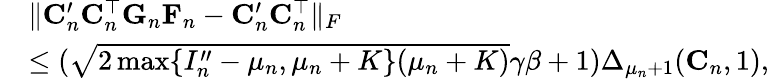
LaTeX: \begin{array}{rl}&{\| \mathbf{C}_{n}^{\prime}\mathbf{C}_{n}^{\top}\mathbf{G}_{n}\mathbf{F}_{n}-\mathbf{C}_{n}^{\prime}\mathbf{C}_{n}^{\top}\| _{F}}\\ &{\leq(\sqrt{2\operatorname*{max}\{ I_{n}^{\prime\prime}-\mu_{n},\mu_{n}+K\} (\mu_{n}+K)}\gamma\beta+1)\Delta_{\mu_{n}+1}(\mathbf{C}_{n},1),}\end{array}